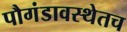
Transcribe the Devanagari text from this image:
पौगंडावस्थेतच